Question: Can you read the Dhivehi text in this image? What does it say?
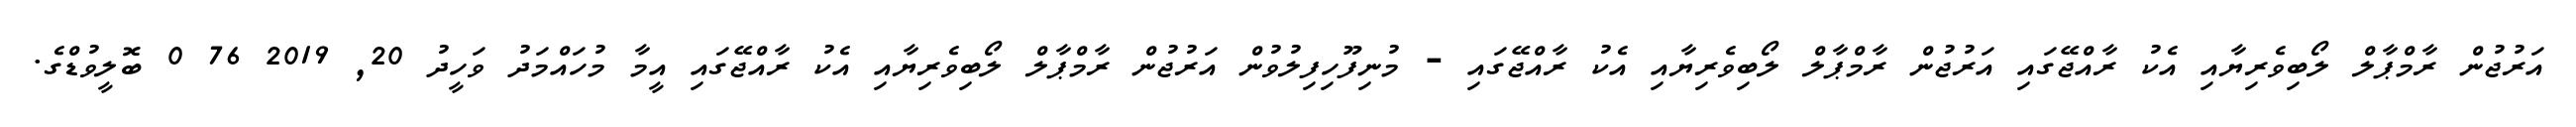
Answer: އަރުޖުން ރާމްޕާލް ލޯބިވެރިޔާއި އެކު ރާއްޖޭގައި އަރުޖުން ރާމްޕާލް ލޯބިވެރިޔާއި އެކު ރާއްޖޭގައި - މުނިފޫހިފިލުވުން އަރުޖުން ރާމްޕާލް ލޯބިވެރިޔާއި އެކު ރާއްޖޭގައި އީމާ މުހައްމަދު ވަހީދު 20, 2019 76 0 ބޮލީވުޑްގެ.